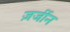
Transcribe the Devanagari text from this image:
ज़र्जीन